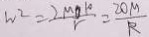
W ^ { 2 } = \frac { 2 M 0 K } { r } = \frac { 2 O M } { R }